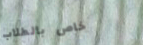
خاص بالطلاب